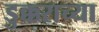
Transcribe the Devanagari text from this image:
डुक्कराच्या